Scottish Leaving Certificate Examination, 1954
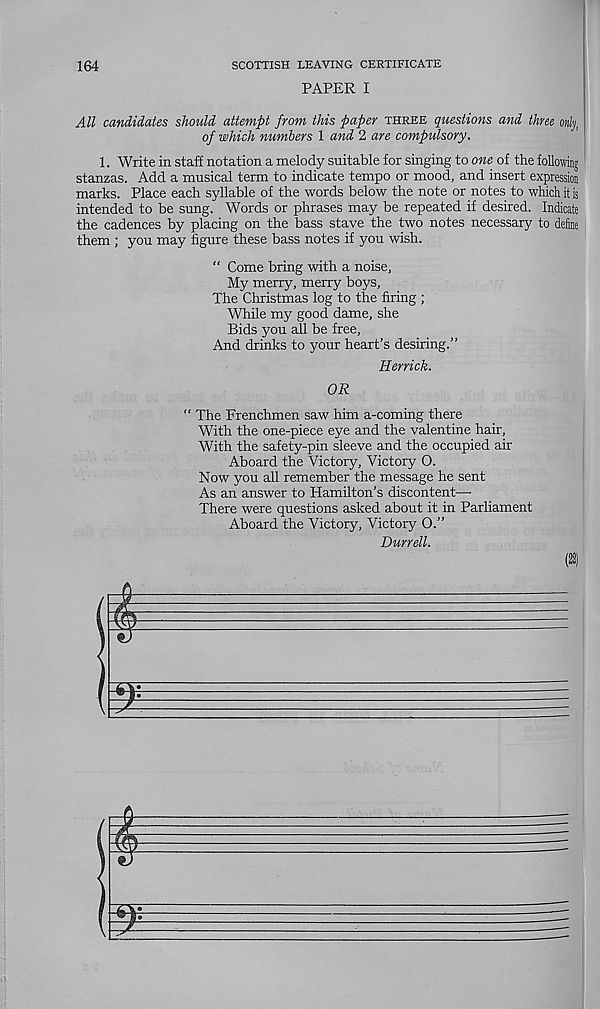
164
SCOTTISH LEAVING CERTIFICATE
PAPER I
All candidates should attempt from this paper three questions and three only,
of which numbers 1 and 2 are compulsory.
1. Write in staff notation a melody suitable for singing to one of the following
stanzas. Add a musical term to indicate tempo or mood, and insert expression
marks. Place each syllable of the words below the note or notes to which it is
intended to be sung. Words or phrases may be repeated if desired. Indicate
the cadences by placing on the bass stave the two notes necessary to define
them ; you may figure these bass notes if you wish.
“ Come bring with a noise,
My merry, merry boys.
The Christmas log to the firing ;
While my good dame, she
Bids you all be free,
And drinks to your heart’s desiring.”
Herrick.
OR
“ The Frenchmen saw him a-coming there
With the one-piece eye and the valentine hair.
With the safety-pin sleeve and the occupied air
Aboard the Victory, Victory O.
Now you all remember the message he sent
As an answer to Hamilton’s discontent—■
There were questions asked about it in Parliament
Aboard the Victory, Victory O.”
Durrell.